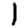
Digit: 1